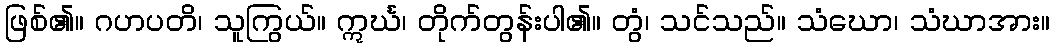
ဖြစ်၏။ ဂဟပတိ၊ သူကြွယ်။ ဣင်္ဃ၊ တိုက်တွန်းပါ၏။ တွံ၊ သင်သည်။ သံဃော၊ သံဃာအား။